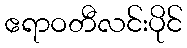
ဧရာဝတီလင်းပိုင်